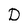
Character: D